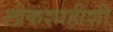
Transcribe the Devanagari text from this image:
लोकशाहीशी